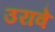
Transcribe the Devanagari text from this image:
उरावे